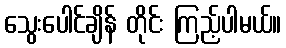
သွေးပေါင်ချိန် တိုင်း ကြည့်ပါမယ်။